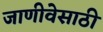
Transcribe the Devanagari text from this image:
जाणीवेसाठी